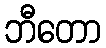
ဘီတော